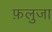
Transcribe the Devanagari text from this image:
फ़लुजा